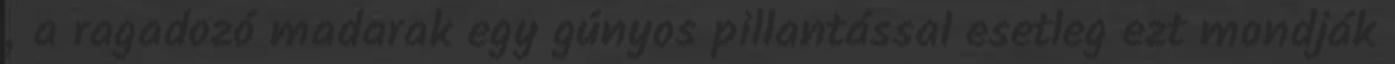
„a ragadozó madarak egy gúnyos pillantással esetleg ezt mondják